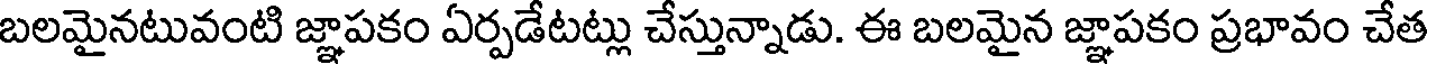
బలమైనటువంటి జ్ఞాపకం ఏర్పడేటట్లు చేస్తున్నాడు. ఈ బలమైన జ్ఞాపకం ప్రభావం చేత